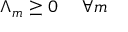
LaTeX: \Lambda _ { m } \geq 0 \ \ \ \ \forall m